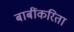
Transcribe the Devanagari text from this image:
बाबींकरिता